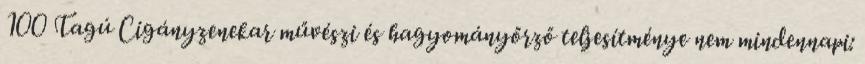
100 Tagú Cigányzenekar művészi és hagyományőrző teljesítménye nem mindennapi: